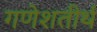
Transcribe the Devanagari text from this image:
गणेशतीर्थ